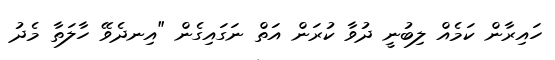
ހައިރާން ކަމެއް ލިބުނީ ދުވާ ކުރަން އަތް ނަގައިގެން "އިނދެވޭ ހާލަތާ މެދު